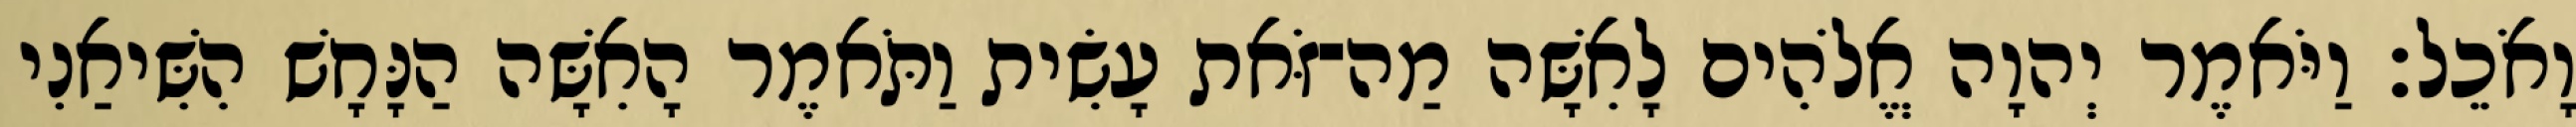
וָאֹכֵל׃ וַיֹּאמֶר יְהוָה אֱלֹהִים לָאִשָּׁה מַה־זֹּאת עָשִׂית וַתֹּאמֶר הָאִשָּׁה הַנָּחָשׁ הִשִּׁיאַנִי